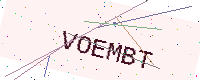
Text: VOEMBT